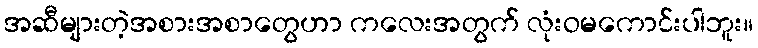
အဆီများတဲ့အစားအစာတွေဟာ ကလေးအတွက် လုံးဝမကောင်းပါဘူး။